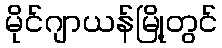
မိုင်ဂျာယန်မြို့တွင်